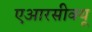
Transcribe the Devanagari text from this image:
एआरसीक्यू